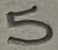
Text: 5